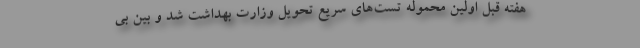
هفته قبل اولین محموله تست‌های سریع تحویل وزارت بهداشت شد و بین بی